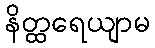
နိတ္ထရေယျာမ